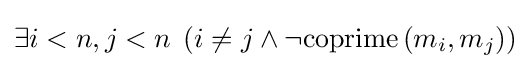
\exists i<n,j<n\;\left(i\neq j\land \lnot \mathrm {coprime} \left(m_{i},m_{j}\right)\right)